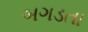
બગડતા